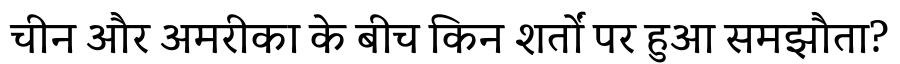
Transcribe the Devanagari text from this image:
चीन और अमरीका के बीच किन शर्तों पर हुआ समझौता?